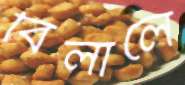
বিলালে